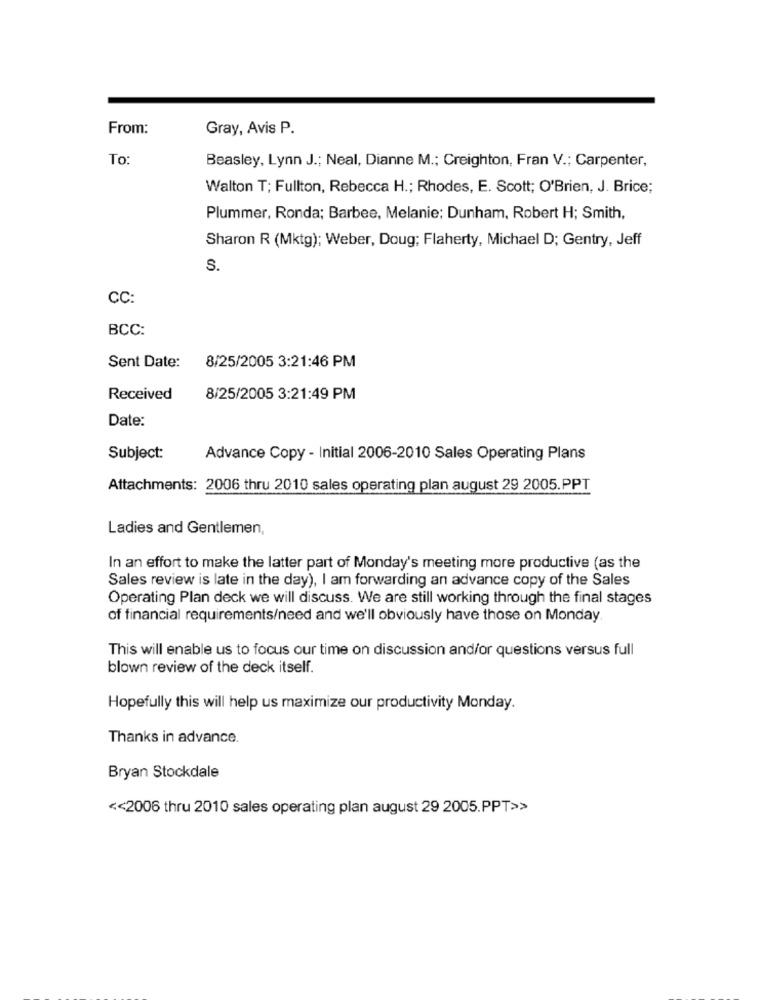
From:
Gray, Avis P.
To
Beasley, Lynn J .; Neal, Dianne M .; Creighton, Fran V .; Carpenter,
Walton T; Fullton, Rebecca H .; Rhodes, E. Scott; O'Brien, J. Brice;
Plummer, Ronda; Barbee, Melanie; Dunham, Robert H; Smith,
Sharon R (Mktg); Weber, Doug; Flaherty, Michael D; Gentry, Jeff
S.
CC:
BCC:
Sent Date: 8/25/2005 3:21:46 PM
Received
8/25/2005 3:21:49 PM
Date:
Subject:
Advance Copy - Initial 2006-2010 Sales Operating Plans
Attachments: 2006 thru 2010 sales operating plan august 29 2005.PPT
Ladies and Gentlemen,
In an effort to make the latter part of Monday's meeting more productive (as the
Sales review is late in the day), I am forwarding an advance copy of the Sales
Operating Plan deck we will discuss. We are still working through the final stages
of financial requirements/need and we'll obviously have those on Monday
This will enable us to focus our time on discussion and/or questions versus full
blown review of the deck itself.
Hopefully this will help us maximize our productivity Monday.
Thanks in advance.
Bryan Stockdale
<< 2006 thru 2010 sales operating plan august 29 2005.PPT>>